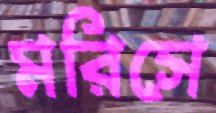
মরিসে